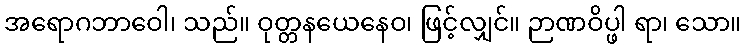
အရောဂဘာဝေါ၊ သည်။ ဝုတ္တနယေနေဝ၊ ဖြင့်လျှင်။ ဉာဏဝိပ္ဖါ ရာ၊ သော။